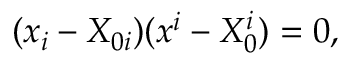
( x _ { i } - X _ { 0 i } ) ( x ^ { i } - X _ { 0 } ^ { i } ) = 0 ,